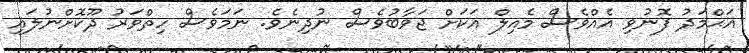
އަޙްމަދު ފޮނުވި އެއްވެސް މެއިލް އަކަށް ޖަވާބުވެސް ނުދިނެވެ. ނަމަވެސް ހިތްވަރު ދޫކޮށްނުލައި